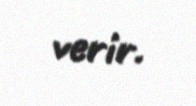
verir.